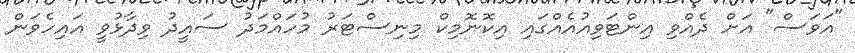
"އަވަސް" އަށް ދެއްވި އިންޓަވިއުއެއްގައި އިކޮނޮމިކް މިނިސްޓަރު މުހައްމަދު ސައީދު ވިދާޅުވީ އައިހެވަން